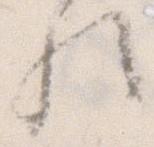
歟